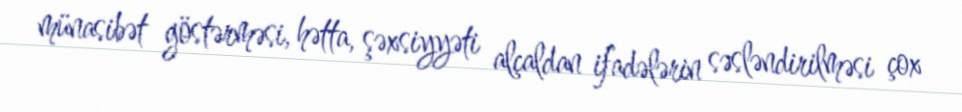
münasibət göstərməsi, hətta, şəxsiyyəti alçaldan ifadələrin səsləndirilməsi çox